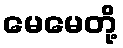
မေမေတို့